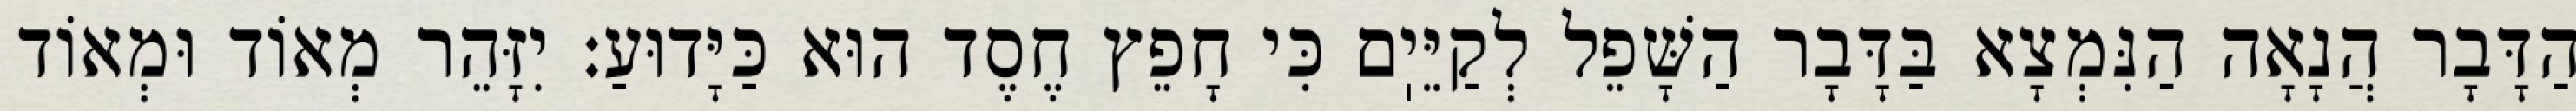
הַדָּבָר הֲנָאָה הַנִּמְצָא בַּדָּבָר הַשָּׁפֵל לְקַיֵּיֽם כִּי חָפֵץ חֶסֶד הוּא כַּיָּדוּעַ: יִזָּהֵר מְאוֹד וּמְאוֹד